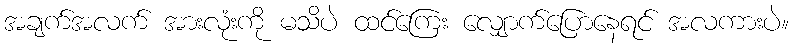
အချက်အလက် အားလုံးကို မသိပဲ ထင်ကြေး လျှောက်ပြောနေရင် အလကားပဲ။